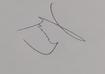
Signature authenticity: genuine